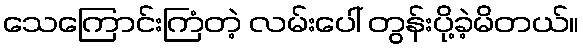
သေကြောင်းကြံတဲ့ လမ်းပေါ် တွန်းပို့ခဲ့မိတယ်။